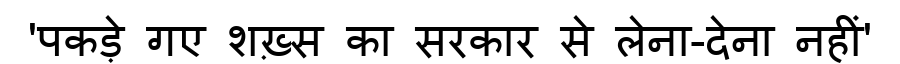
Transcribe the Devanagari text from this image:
'पकड़े गए शख़्स का सरकार से लेना-देना नहीं'